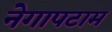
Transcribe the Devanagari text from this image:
नेगापटाम